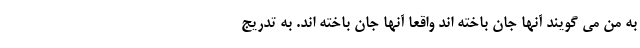
به من می گویند آنها جان باخته اند واقعا آنها جان باخته اند. به تدریج